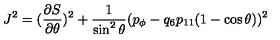
J ^ { 2 } = ( { \frac { \partial S } { \partial \theta } } ) ^ { 2 } + { \frac { 1 } { \sin ^ { 2 } \theta } } ( p _ { \phi } - q _ { 6 } p _ { 1 1 } ( 1 - \cos \theta ) ) ^ { 2 }